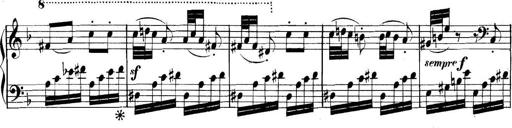
Title: Collected Piano Sonatas
Composer: Muzio Clementi